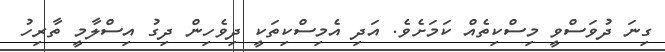
ގިނަ ދުވަސްވީ މިސްކިތެއް ކަމަށެވެ. އަދި އެމިސްކިތަކީ ދިވެހިން ދިގު އިސްލާމީ ތާރިހު